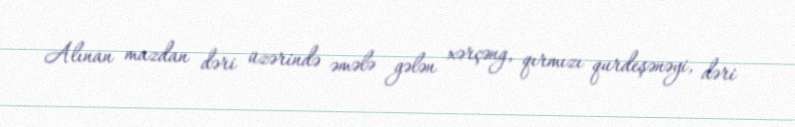
Alınan mazdan dəri üzərində əmələ gələn xərçəng, qırmızı qurdeşənəyi, dəri